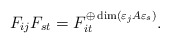
\begin{align*}F_{ij}F_{st}=F_{it}^{\oplus \dim(\varepsilon_jA\varepsilon_s)}.\end{align*}